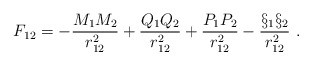
\begin{align*}F_{12} = - \frac{M_1 M_2}{r_{12}^2} + \frac{Q_1 Q_2}{r_{12}^2} +\frac{P_1 P_2}{r_{12}^2} - \frac{\S_1 \S_2}{r_{12}^2} \ .\end{align*}